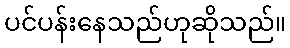
ပင်ပန်းနေသည်ဟုဆိုသည်။